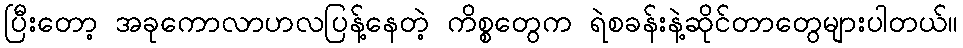
ပြီးတော့ အခုကောလာဟလပြန့်နေတဲ့ ကိစ္စတွေက ရဲစခန်းနဲ့ဆိုင်တာတွေများပါတယ်။